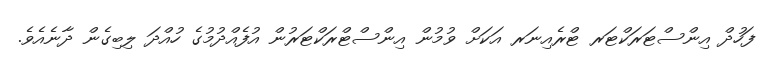
ފަހުދް އިންސްޓަރަކްޓަރ ޓްރެއިނަރ އަކަށް ވުުމުން އިންސްޓްރަކްޓަރުން އުފެއްދުމުގެ ހުއްދަ ލިބިގެން ދާނެއެވެ.